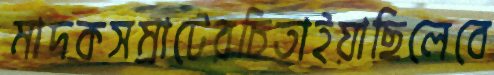
মাদকসম্রাটেরচিতাইয়াছিলেবে